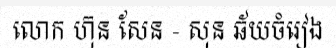
លោក ហ៊ុន សែន - សុន ឆ័យចំរៀង